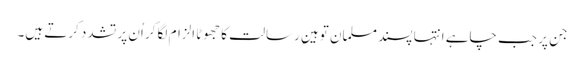
جن پر جب چاہے انتہا پسند مسلمان توہینِ رسالت کا جھوٹا الزام لگا کر اُن پر تشدد کرتے ہیں۔